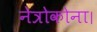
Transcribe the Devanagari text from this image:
नेत्रोकोना।